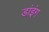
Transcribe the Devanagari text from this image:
डांइंग